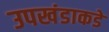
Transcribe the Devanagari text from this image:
उपखंडाकडे